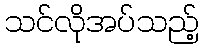
သင်လိုအပ်သည့်